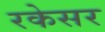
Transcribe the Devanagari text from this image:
रकेसर